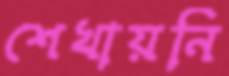
শেখায়নি